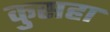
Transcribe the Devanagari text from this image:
कुसहा